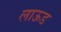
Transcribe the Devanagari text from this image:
लाऊड